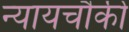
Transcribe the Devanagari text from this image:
न्यायचौकी